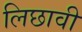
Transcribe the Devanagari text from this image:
लिछावी